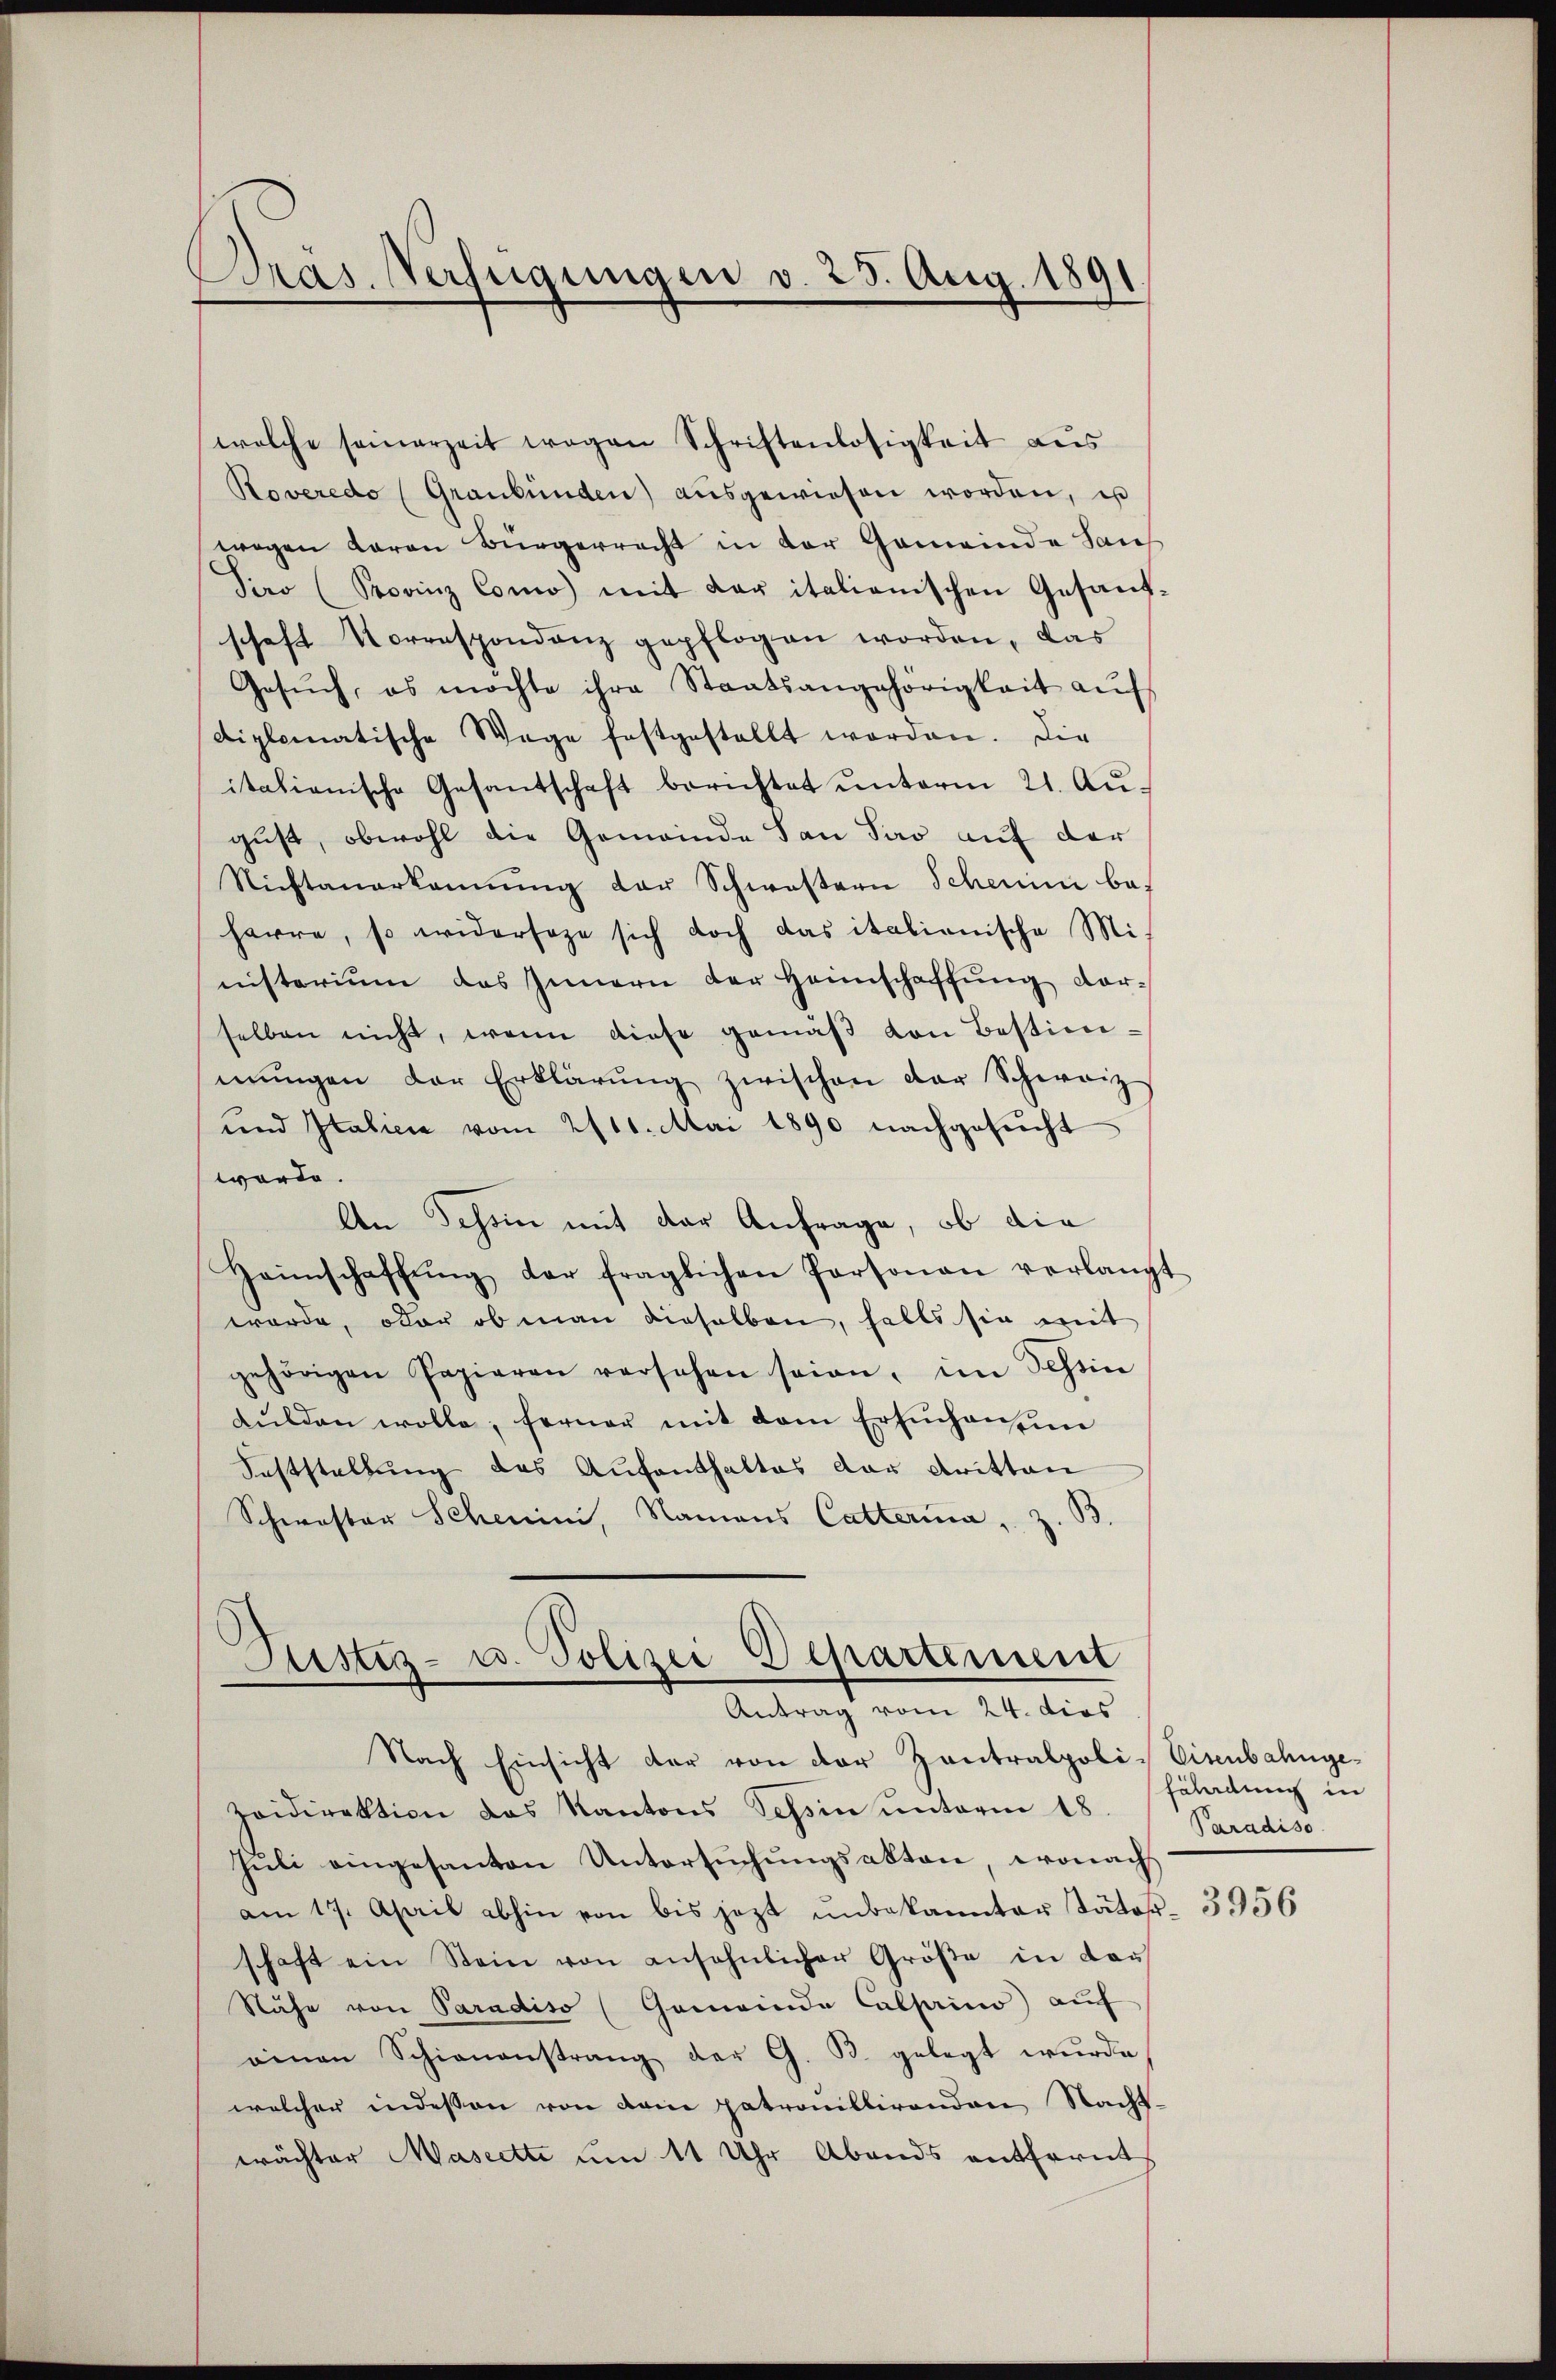
Präs. Verfügungen v. 25. Aug. 1891.

welche seinerzeit wegen Schriftenlosigkeit aus
Roveredo (Graubünden) aŭsgewiesen worden, es
wegen daran Bürgerrecht in der Gemeinde Lan-
Soo (Sprinz Como mit der italienischen Gesand-
schaft Vorrespondenz gepflogen worden, das
Gesŭch, es möchte ihre Staatsangehörigkeit aŭf
diplomatische Wege festgestellt worden. Die
itationische Gesantschaft berichtet ŭnterm 21. Aŭ-
gust, obwohl die Gemeinde San Savo auf der
Nichtanerkannŭng der Schwestern Schein ba
harre, so widersage sich doch das italianische Mit
nisterium das Innern der Heimschaffung darselben nicht, wenn diese gemäβ von Bestimmŭngen der Erklärŭng zwischen der Schweiz
und Italien vom 2100. Mai 1890 nachgesucht
würde.
An Tessin mit der Anfrage, ob die
Heimschaffŭng der fraglichen Personau verlangt
wurde, oder ob man dieselben, falls sie mit
gehörigen Papieren versehen seien, im Tessin
kŭlden wolle, ferner mit dem Ersuchenzin
Feststellung des Aufenthaltes der dritten
Schwester Schein, Namens Catterina u. z. B.

)
Justiz- u. Polizei Departemen
Antrag vom 24. dies
Nach Einsicht der von der Zentralpoli-Eisenbahnge¬

poidirektion das Kantons Tessin unterm 18
Juli eingesanten Untersuchungsakten, wonach
am 17. April abhin von bis jezt ŭnbekannter Säto- 356
schaft ein Stein von ansehnlicher Größe in das
Nähe von Paradiso (Gemeinde Calsaino auf
oinen Schienanstrang der G. B. gelegt wŭrde.
welcher indessen von dem patronillirenden Nacht-
wächter Mascette um 11 Uhr Abends entfernt

fährdung in
Paradiso